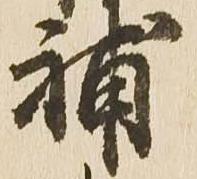
補